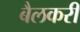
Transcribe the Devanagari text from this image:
बैलकरी